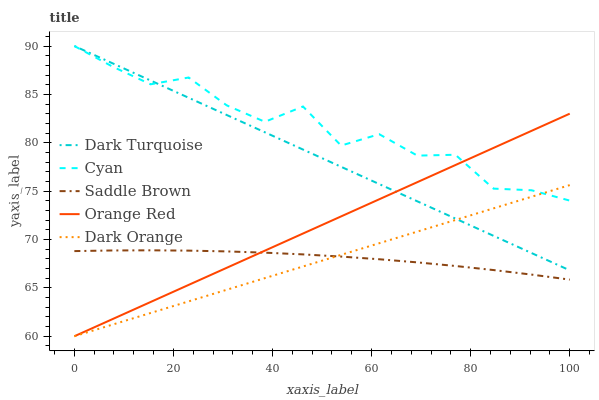
| xaxis_label | Dark Turquoise | Cyan | Saddle Brown | Orange Red | Dark Orange |
 | --- | --- | --- | --- | --- | --- |
 | 0 | 90 | 90 | 68.8 | 60 | 60 |
 | 7.69 | 88.2 | 87.9 | 68.9 | 61.8 | 61.2 |
 | 15.4 | 86.4 | 86 | 68.9 | 63.5 | 62.4 |
 | 23.1 | 84.6 | 86.7 | 68.9 | 65.3 | 63.6 |
 | 30.8 | 82.9 | 83.9 | 68.8 | 67.1 | 64.8 |
 | 38.5 | 81.1 | 82.2 | 68.6 | 68.8 | 66 |
 | 46.2 | 79.3 | 83.7 | 68.5 | 70.6 | 67.2 |
 | 53.8 | 77.5 | 79.7 | 68.2 | 72.4 | 68.4 |
 | 61.5 | 75.7 | 80.9 | 68 | 74.2 | 69.6 |
 | 69.2 | 73.9 | 78.7 | 67.6 | 75.9 | 70.8 |
 | 76.9 | 72.2 | 78.8 | 67.3 | 77.7 | 72 |
 | 84.6 | 70.4 | 75.3 | 66.8 | 79.5 | 73.2 |
 | 92.3 | 68.6 | 75.1 | 66.4 | 81.2 | 74.4 |
 | 100 | 66.8 | 74 | 65.9 | 83 | 75.6 |